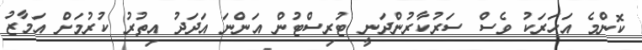
ކޮންމެ އަހަރަކު ވެސް ސަރުކާރުންދަނީ ޓުރިސްޓުން އަންނަ އަދަދު އިތުރު ކުރުމަށް އަމާޒު